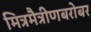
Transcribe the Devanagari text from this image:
मित्रमैत्रीणबरोबर